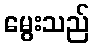
မွေးသည်